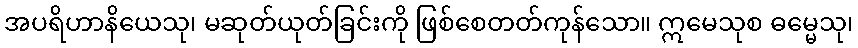
အပရိဟာနိယေသု၊ မဆုတ်ယုတ်ခြင်းကို ဖြစ်စေတတ်ကုန်သော။ ဣမေသုစ ဓမ္မေသု၊